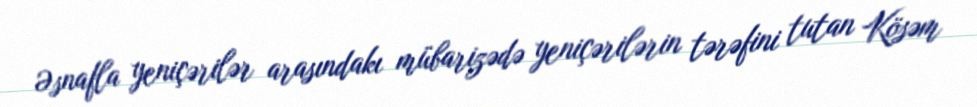
Əsnafla yeniçərilər arasındakı mübarizədə yeniçərilərin tərəfini tutan Kösəm